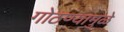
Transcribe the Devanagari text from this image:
गोठण्यामुळे